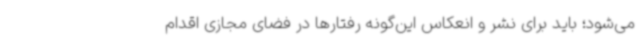
می‌شود؛ باید برای نشر و انعکاس این‌گونه رفتارها در فضای مجازی اقدام